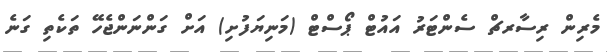
މެރިން ރިސާރޗް ސެންޓަރު އައުޓް ޕޯސްޓް (މަނިޔަފުށި) އަށް ގަންނަންޖެހޭ ތަކެތި ގަނެ